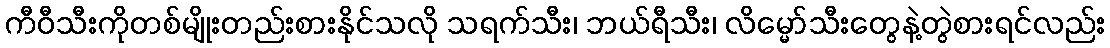
ကီဝီသီးကိုတစ်မျိုးတည်းစားနိုင်သလို သရက်သီး၊ ဘယ်ရီသီး၊ လိမ္မော်သီးတွေနဲ့တွဲစားရင်လည်း